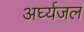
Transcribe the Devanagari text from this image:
अर्घ्यजल